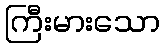
ကြီးမားသော